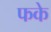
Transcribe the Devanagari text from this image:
फके